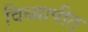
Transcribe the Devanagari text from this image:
विध्यापीठ